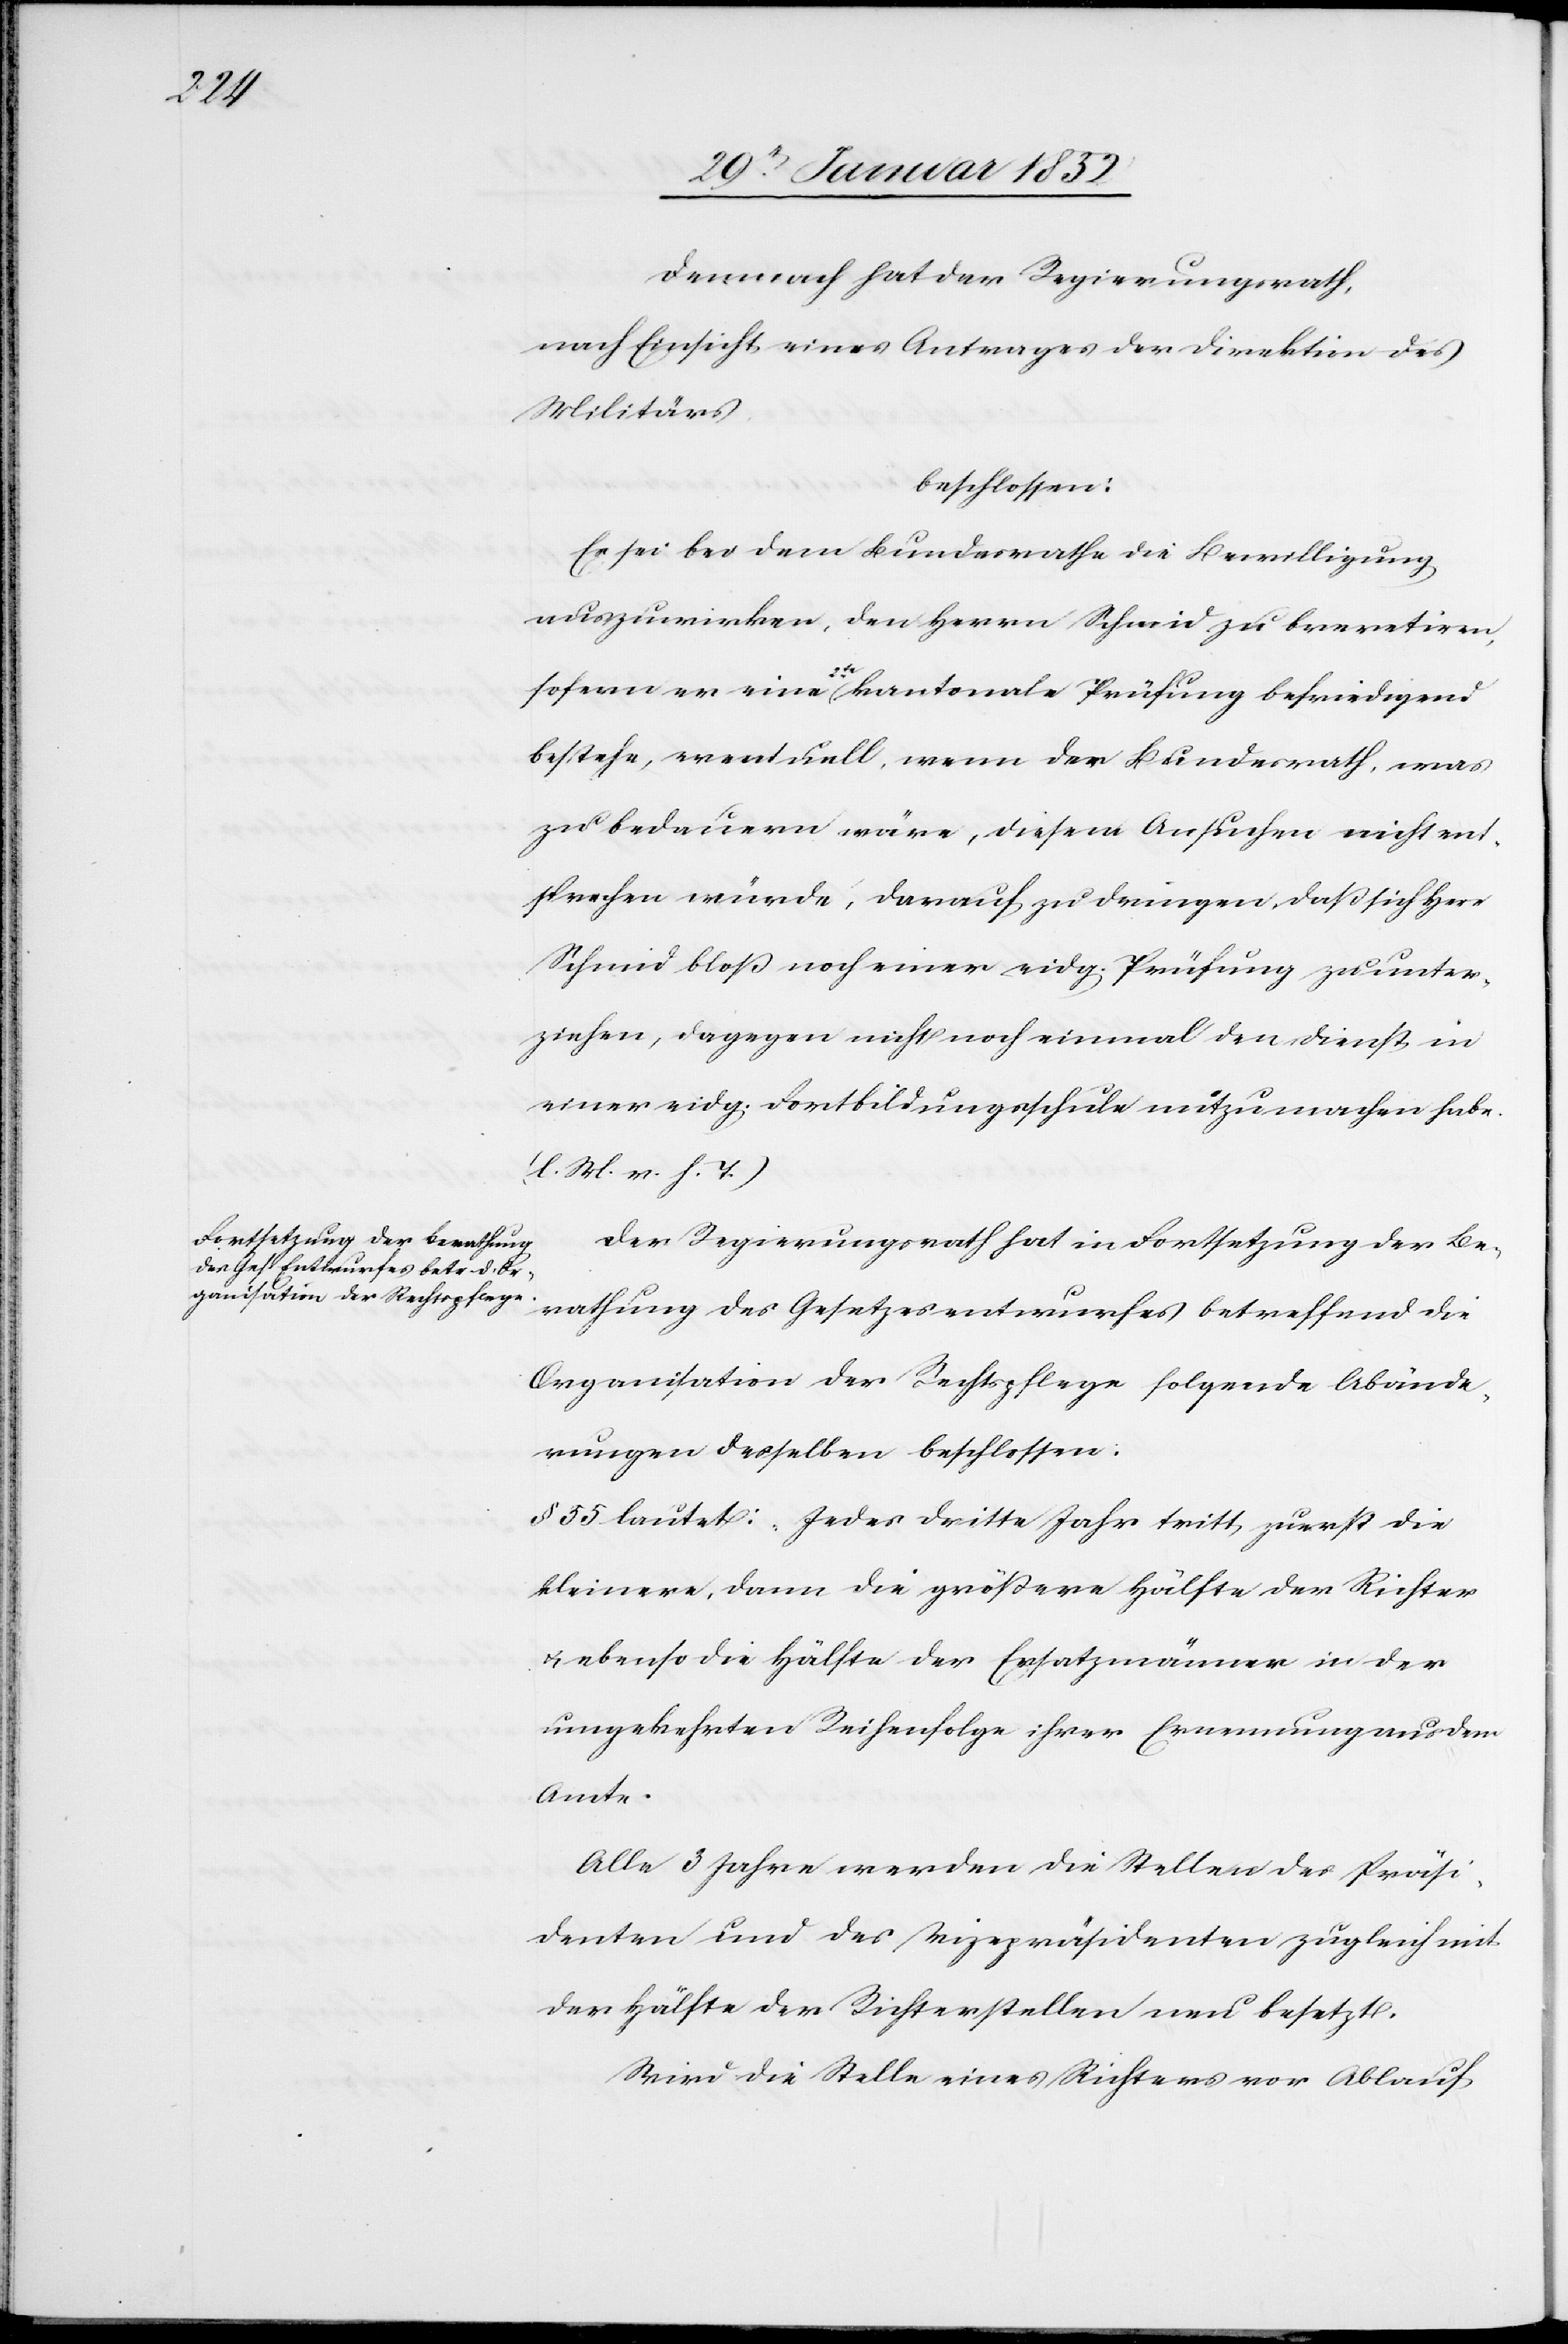
Demnach hat der Regierungsrath,
nach Einsicht eines Antrages der Direktion des
Militärs
beschlossen:
Es sei dem Bundesrathe die Bewilligung
auszuwirken, den Herrn Schmid zu brevetiren,
sofern er eine 2te kantonale Prüfung befriedigend
bestehe, eventuell, wenn der Bundesrath, was
zu bedauern wäre, diesem Ansuchen nicht ent¬
sprechen würde, darauf zu dringen, daß sich Herr
Schmid bloß noch einer eidg. Prüfung zu unter¬
ziehen, dagegen nicht noch einmal in den Dienst in
einer eidg. Fortbildungsschule mitzumachen habe.
(l. M. v. h. T.)
Der Regierungsrath hat in Fortsetzung der Be¬
rathung des Gesetzesentwurfes betreffend die
Organisation der Rechtspflege folgende Abände¬
rungen desselben beschlossen:
§ 55 lautet: Jedes dritte Jahr tritt zuerst die
kleinere, dann die größere Hälfte der Richter
u. ebenso die Hälfte der Ersatzmänner in der
umgekehrten Reihenfolge ihrer Erneuerung aus dem
Amte.
Alle 3 Jahre werden die Stellen des Präsi¬
denten und des Vizepräsidenten zugleich mit
der Hälfte der Richterstellen neu besetzt.
Wird die Stelle eines Richters vor Ablauf